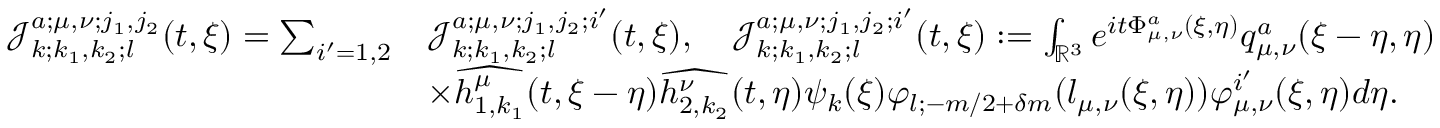
\begin{array} { r l } { \mathcal { J } _ { k ; k _ { 1 } , k _ { 2 } ; l } ^ { a ; \mu , \nu ; j _ { 1 } , j _ { 2 } } ( t , \xi ) = \sum _ { i ^ { \prime } = 1 , 2 } } & { \mathcal { J } _ { k ; k _ { 1 } , k _ { 2 } ; l } ^ { a ; \mu , \nu ; j _ { 1 } , j _ { 2 } ; i ^ { \prime } } ( t , \xi ) , \quad \mathcal { J } _ { k ; k _ { 1 } , k _ { 2 } ; l } ^ { a ; \mu , \nu ; j _ { 1 } , j _ { 2 } ; i ^ { \prime } } ( t , \xi ) : = \int _ { \mathbb { R } ^ { 3 } } e ^ { i t \Phi _ { \mu , \nu } ^ { a } ( \xi , \eta ) } q _ { \mu , \nu } ^ { a } ( \xi - \eta , \eta ) } \\ & { \times \widehat { h _ { 1 , k _ { 1 } } ^ { \mu } } ( t , \xi - \eta ) \widehat { h _ { 2 , k _ { 2 } } ^ { \nu } } ( t , \eta ) \psi _ { k } ( \xi ) \varphi _ { l ; - m / 2 + \delta m } ( l _ { \mu , \nu } ( \xi , \eta ) ) \varphi _ { \mu , \nu } ^ { i ^ { \prime } } ( \xi , \eta ) d \eta . } \end{array}